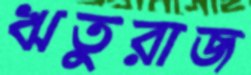
ঋতুরাজ